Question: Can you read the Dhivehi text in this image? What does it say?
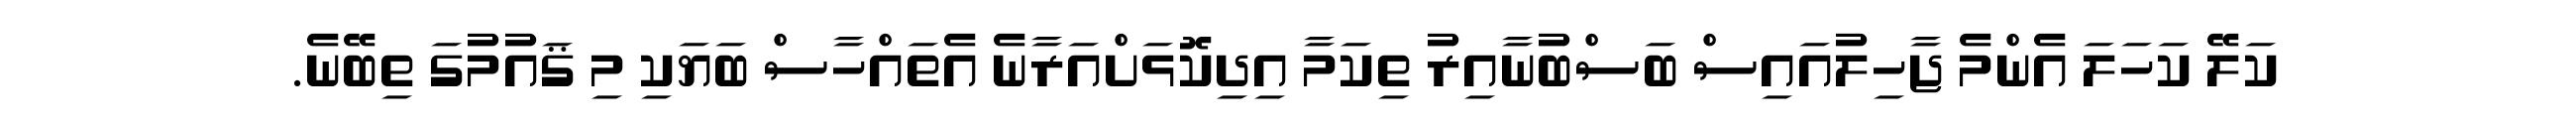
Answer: ކަލޭ ކަހަލަ އެންމެ ޖާހިލުއައިސް ބަސްބުނާއިރު ތިކަމާ އިދިކޮޅަށްއަރާނެ އެތައްހާސް ބަޔަކި މި ޤައުމުގަ ތިބޭނެ.